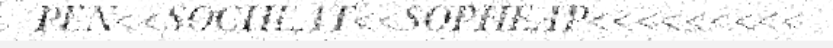
PEN<<SOCHEAT<<SOPHEAP<<<<<<<<<